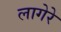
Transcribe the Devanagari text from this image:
लागेरे